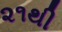
૨૧થી